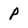
Character: p